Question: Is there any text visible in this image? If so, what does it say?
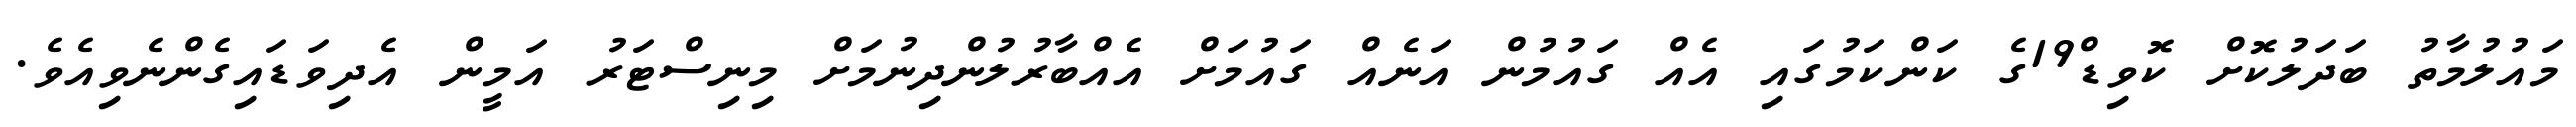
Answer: މައުލުމާތު ބަދަލުކޮށް ކޮވިޑް19ގެ ކަންކަމުގައި އެއް ގައުމުން އަނެއް ގައުމަށް އެއްބާރުލުންދިނުމަށް މިނިސްޓަރު އަމީން އެދިވަޑައިގެންނެވިއެވެ.